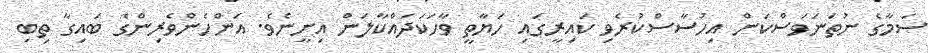
ސަމާގެ ނުތަނަވަސްކަން އިހުސާސްކުރެވި ކައިރީގައި ހަޔާތީ ވާހަކަދައްކާލަން އިށީނެވެ. އަންހެންވެރިންގެ ބައިގާ ތިބި